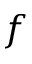
f